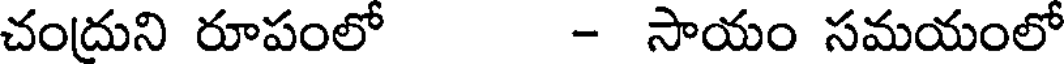
చంద్రుని రూపంలో - సాయం సమయంలో